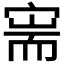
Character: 𫳟